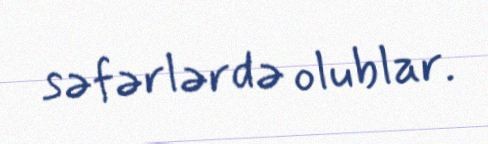
səfərlərdə olublar.